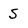
Character: S